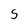
Character: S